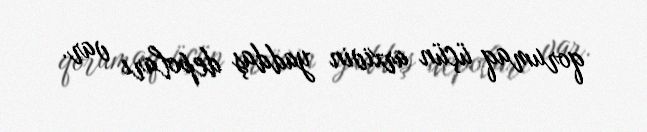
qorumaq üçün arxivin yaddaş depoları var.